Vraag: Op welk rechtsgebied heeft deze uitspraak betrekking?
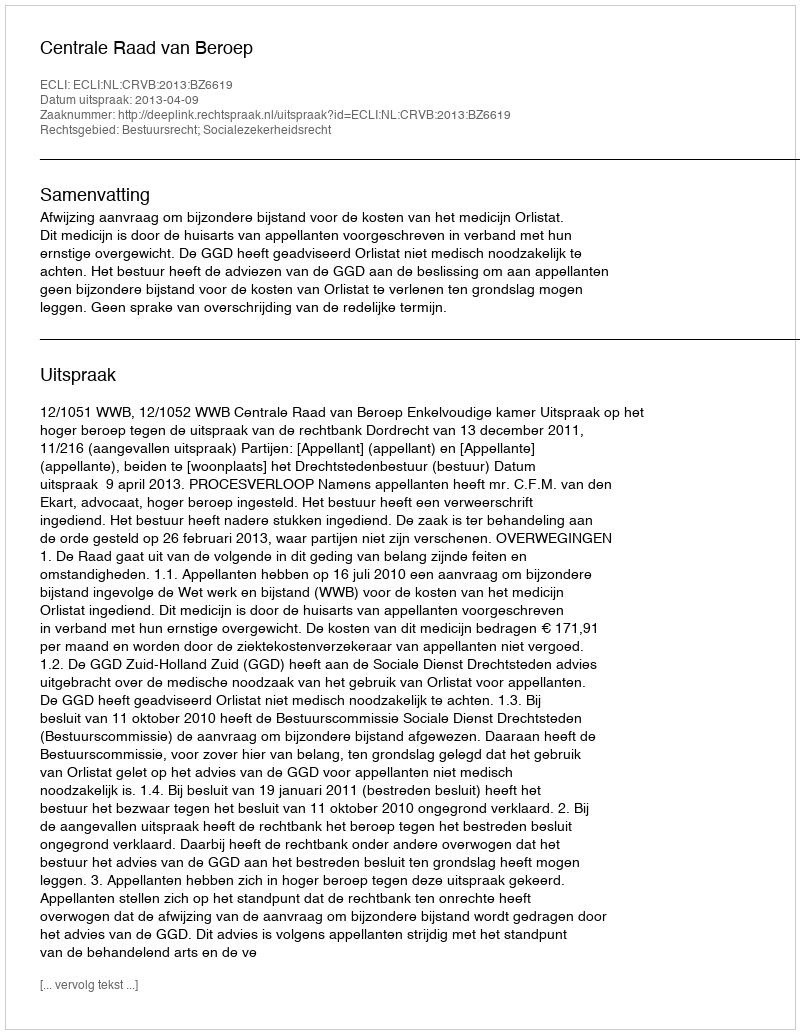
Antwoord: Bestuursrecht; Socialezekerheidsrecht